Annual report of the Punjab Veterinary College and of the Civil Veterinary Department, Punjab - 1926-1932
Year: 1926
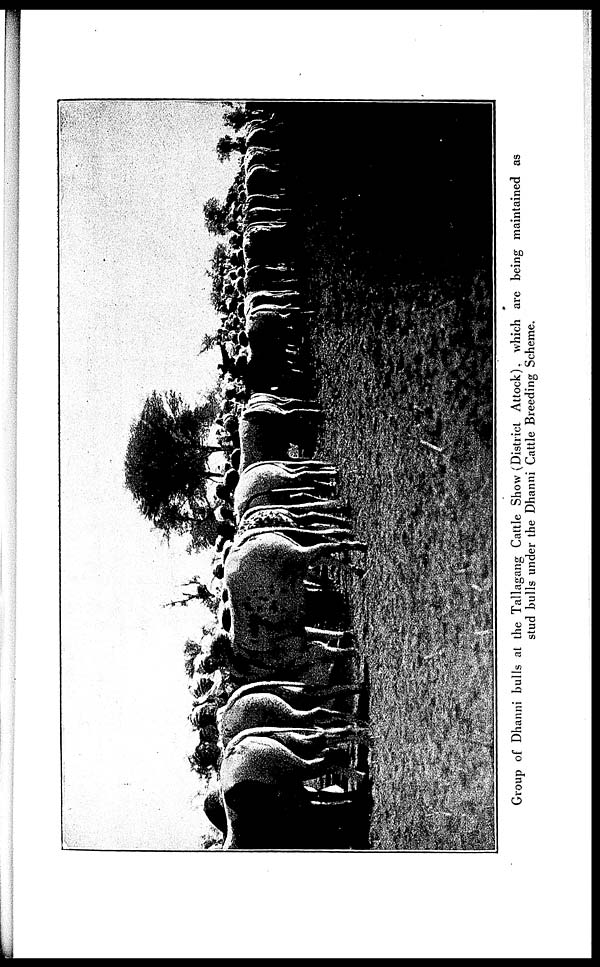
Group of Dhanni bulls at the Tallagang Cattle Show (District Attock), which are being maintained as
stud bulls under the Dhanni Cattle Breeding Scheme.